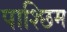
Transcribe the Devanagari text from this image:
पाश्छिम